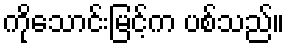
ကိုသောင်းမြင့်က ပစ်သည်။